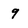
Character: 9